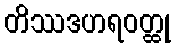
တိဿဒဟရဝတ္ထု